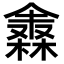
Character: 𣜈